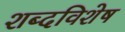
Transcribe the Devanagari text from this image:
शब्दविशेष